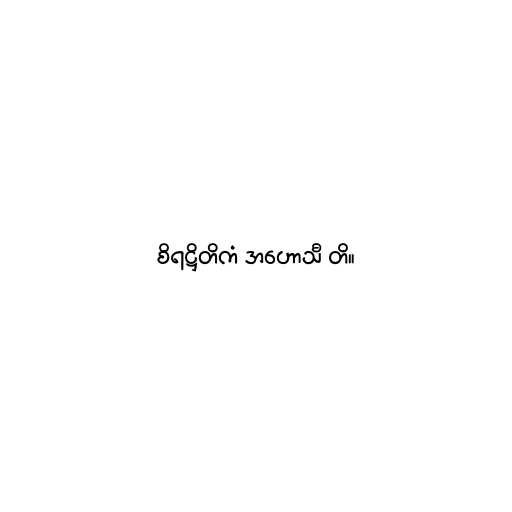
စိရဋ္ဌိတိကံ အဟောသီ တိ။